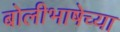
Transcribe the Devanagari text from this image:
बोलीभाषेच्या